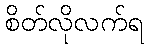
စိတ်လိုလက်ရ